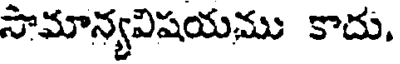
సామాన్యవిషయము కాదు.